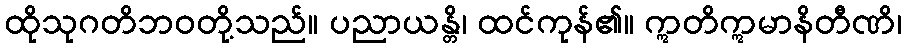
ထိုသုဂတိဘဝတို့သည်။ ပညာယန္တိ၊ ထင်ကုန်၏။ ဣတိဣမာနိတီဏိ၊